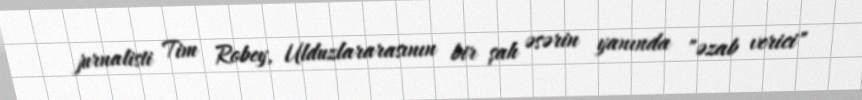
jurnalisti Tim Robey, Ulduzlararasının bir şah əsərin yanında "əzab verici"